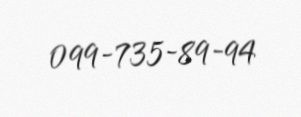
099-735-89-94